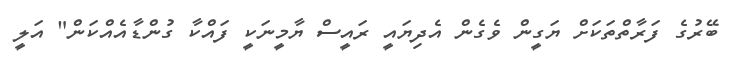
ބޭރުގެ ފަރާތްތަކަށް ޔަގީން ވެގެން އެދިޔައީ ރައީސް ޔާމީނަކީ ފައްްކާ ގުންޑާއެއްކަން" އަލީ